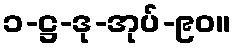
၁-ဋ္ဌ-ဒု-အုပ်-၉၀။